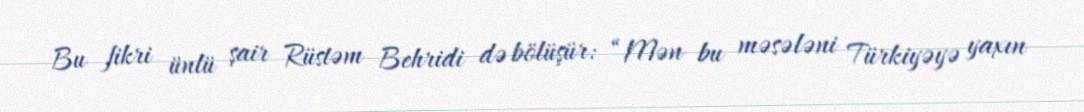
Bu fikri ünlü şair Rüstəm Behridi də bölüşür: “Mən bu məsələni Türkiyəyə yaxın